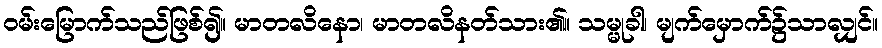
ဝမ်းမြောက်သည်ဖြစ်၍။ မာတလိနော၊ မာတလိနတ်သား၏။ သမ္မုခါ၊ မျက်မှောက်၌သာလျှင်။